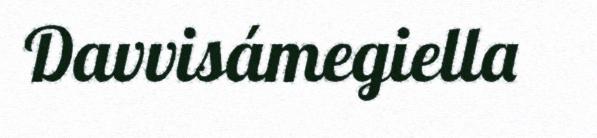
Davvisámegiella